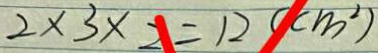
2 \times 3 \times 2 = 1 2 ( c m ^ { 2 } )